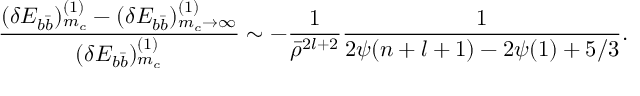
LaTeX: { \frac { ( \delta E _ { b \bar { b } } ) _ { m _ { c } } ^ { ( 1 ) } - ( \delta E _ { b \bar { b } } ) _ { m _ { c } \to \infty } ^ { ( 1 ) } } { ( \delta E _ { b \bar { b } } ) _ { m _ { c } } ^ { ( 1 ) } } } \sim - { \frac { 1 } { \bar { \rho } ^ { 2 l + 2 } } } { \frac { 1 } { 2 \psi ( n + l + 1 ) - 2 \psi ( 1 ) + 5 / 3 } } .